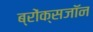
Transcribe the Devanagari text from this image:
ब्रोंक्सजॉन